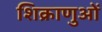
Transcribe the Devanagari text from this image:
शिक्राणुओं